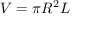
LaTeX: V = \pi R ^ { 2 } L